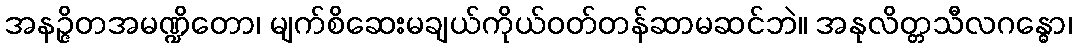
အနဉ္ဇိတအမဏ္ဍိတော၊ မျက်စိဆေးမချယ်ကိုယ်ဝတ်တန်ဆာမဆင်ဘဲ။ အနုလိတ္တသီလဂန္ဓော၊